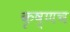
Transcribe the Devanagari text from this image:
कृष्णच